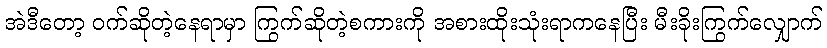
အဲဒီတော့ ဝက်ဆိုတဲ့နေရာမှာ ကြွက်ဆိုတဲ့စကားကို အစားထိုးသုံးရာကနေပြီး မီးခိုးကြွက်လျှောက်